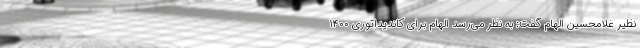
نظیر غلامحسین الهام گفت: به نظر می‌رسد الهام برای کاندیداتوری ۱۴۰۰